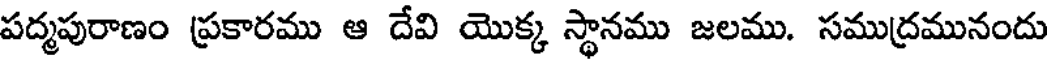
పద్మపురాణం ప్రకారము ఆ దేవి యొక్క స్థానము జలము. సముద్రమునందు